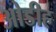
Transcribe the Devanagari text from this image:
ओडीह